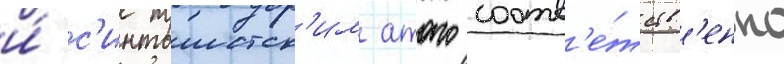
и́ с'интоистск'им атаго соотв'е́тств'енно